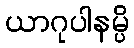
ယာဂုပါနမ္ပိ